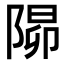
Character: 𨺸